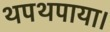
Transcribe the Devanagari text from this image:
थपथपाया।